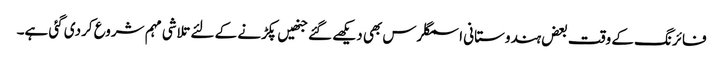
فائرنگ کے وقت بعض ہندوستانی اسمگلرس بھی دیکھے گئے جنھیں پکڑنے کے لئے تلاشی مہم شروع کردی گئی ہے۔